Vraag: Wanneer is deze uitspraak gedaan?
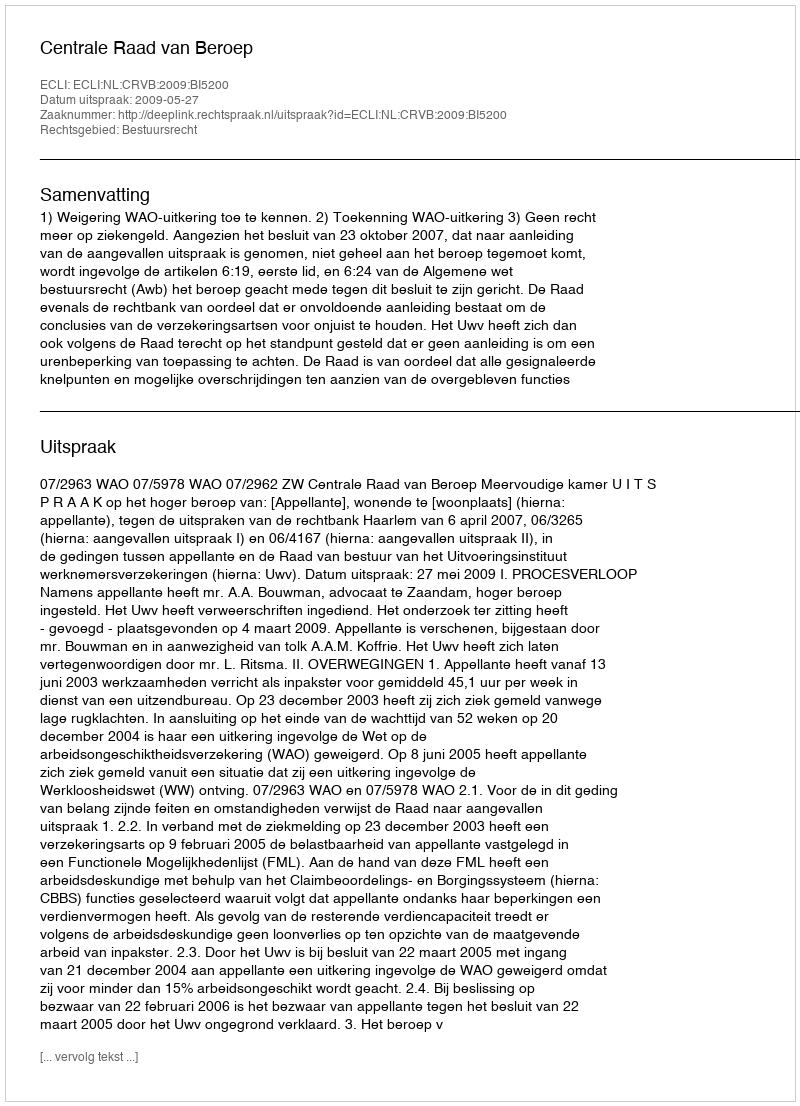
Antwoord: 2009-05-27